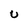
Character: U